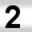
Digit: 2